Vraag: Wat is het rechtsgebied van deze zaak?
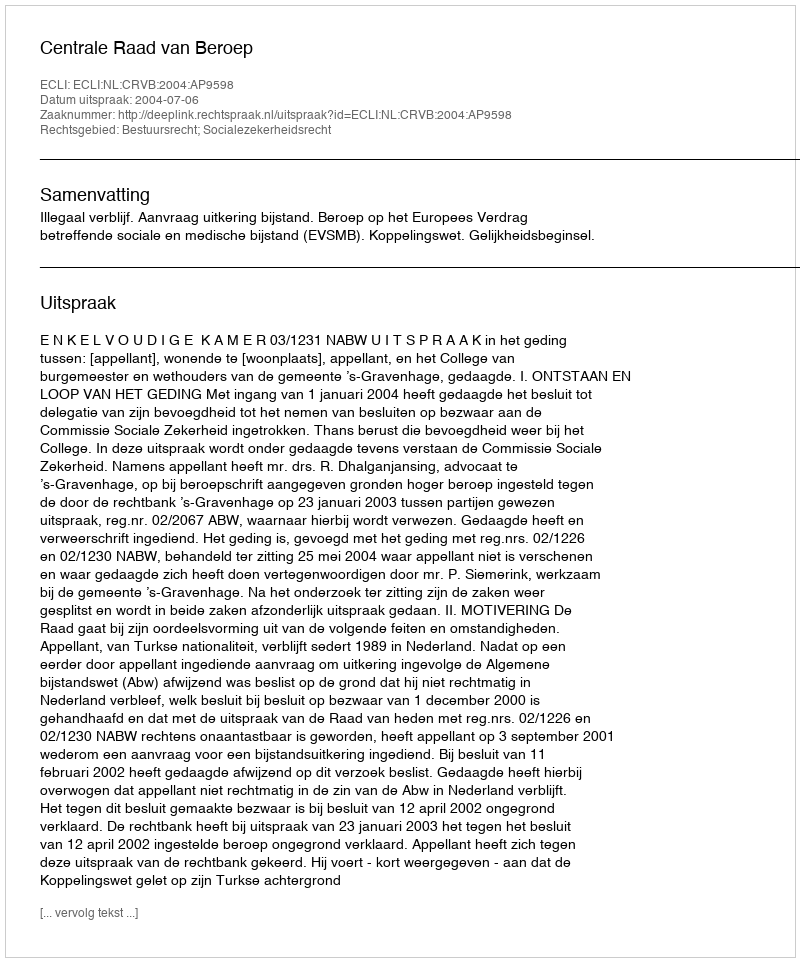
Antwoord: Bestuursrecht; Socialezekerheidsrecht